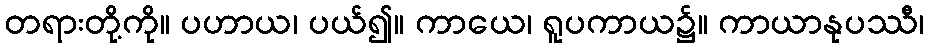
တရားတို့ကို။ ပဟာယ၊ ပယ်၍။ ကာယေ၊ ရူပကာယ၌။ ကာယာနုပဿီ၊